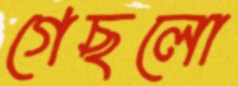
গেছলো